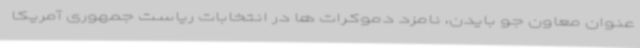
عنوان معاون جو بایدن، نامزد دموکرات ها در انتخابات ریاست جمهوری آمریکا